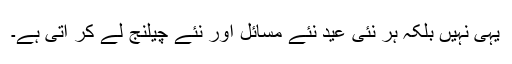
یہی نہیں بلکہ ہر نئی عید نئے مسائل اور نئے چیلنج لے کر آتی ہے۔